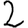
Digit: 2